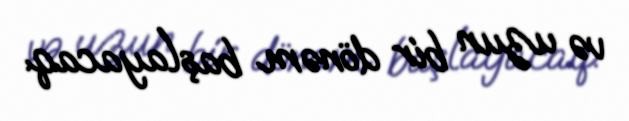
və uzun bir dönəm başlayacaq.